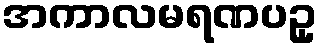
အကာလမရဏပဥှ